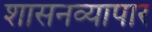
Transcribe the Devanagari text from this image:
शासनव्यापार